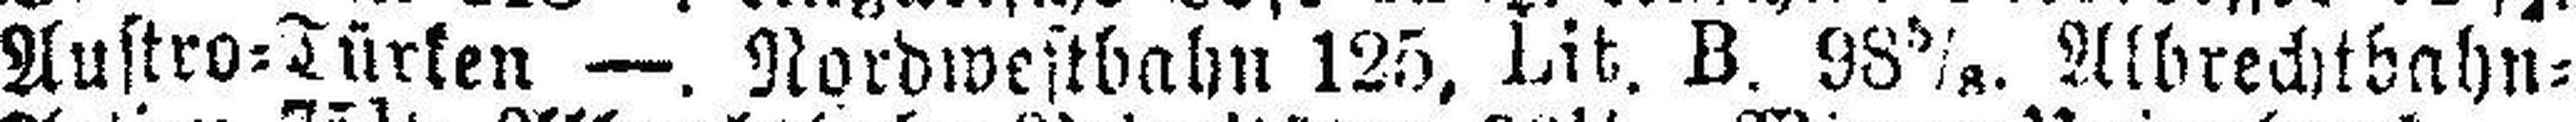
Austro=Türken —. Nordwestbahn 125, Lit. B. 98 5/8. Albrechtbahn=